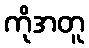
ကိုအတူ